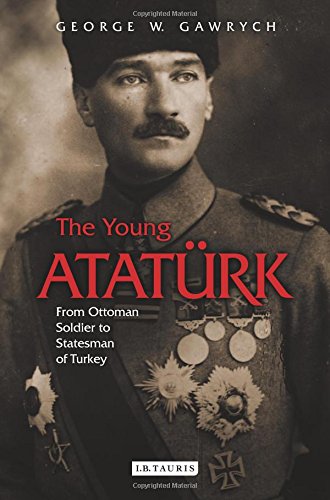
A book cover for The Young AtatÃ¼rk: From Ottoman Soldier to Statesman of Turkey; George Gawrych; History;